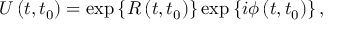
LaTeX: U \left( t , t _ { 0 } \right) = \exp \left\{ R \left( t , t _ { 0 } \right) \right\} \exp \left\{ i \phi \left( t , t _ { 0 } \right) \right\} ,